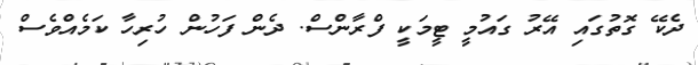
ދެކޭ ގޮތުގައި އޭރު ގައުމީ ޓީމަކީ ފްރާންސް. ދެން ފަހުން ހުރިހާ ކަމެއްވެސް